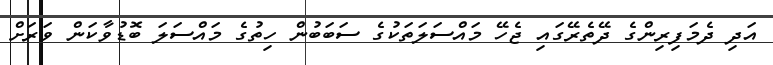
އަދި ދެމަފިރިންގެ ދޭތެރޭގައި ޖެހޭ މައްސަލަތަކުގެ ސަބަބުން ހިތުގެ މައްސަލަ ބޮޑުވާކަން ވަރަށް